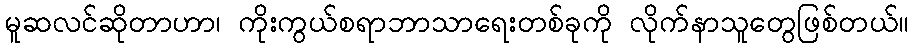
မူဆလင်ဆိုတာဟာ၊ ကိုးကွယ်စရာဘာသာရေးတစ်ခုကို လိုက်နာသူတွေဖြစ်တယ်။